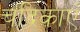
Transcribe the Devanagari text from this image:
चंद्रिकाएँ